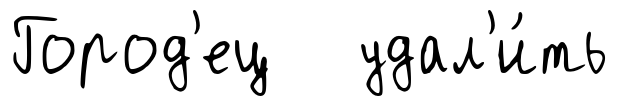
Город'ец удал'и́ть